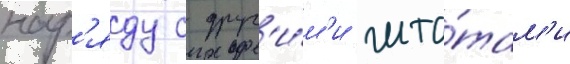
нар'яду с друг'и́м'и шта́там'и